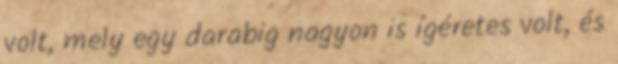
volt, mely egy darabig nagyon is ígéretes volt, és